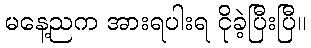
မနေ့ညက အားရပါးရ ငိုခဲ့ပြီးပြီ။